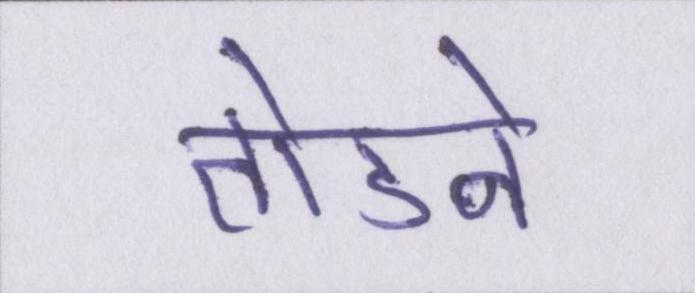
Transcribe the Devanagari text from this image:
तोडने